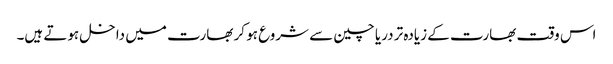
اس وقت بھارت کے زیادہ تر دریا چین سے شروع ہو کر بھارت میں داخل ہوتے ہیں۔